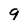
Character: 9